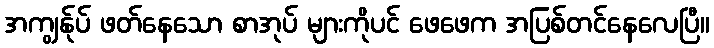
အကျွန်ုပ် ဖတ်နေသော စာအုပ် များကိုပင် ဖေဖေက အပြစ်တင်နေလေပြီ။